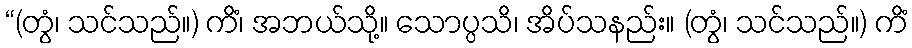
“(တွံ၊ သင်သည်။) ကိံ၊ အဘယ်သို့။ သောပ္ပသိ၊ အိပ်သနည်း။ (တွံ၊ သင်သည်။) ကိံ